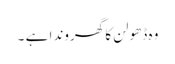
وہ ڈھولن کا گھروندا ہے ۔